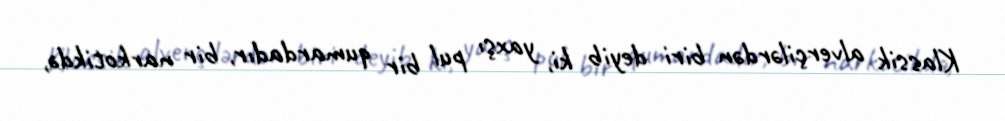
Klassik alverçilərdən biri deyib ki, yaxşı pul bir qumardadır, bir narkotikdə,